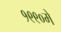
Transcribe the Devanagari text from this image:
१९९०में